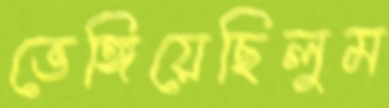
ভেঙ্গিয়েছিলুম